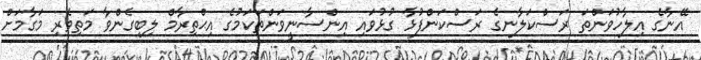
އޭނާގެ އިލާހުވަންތަ ރަސްކަލާނގެ ރަސްކަންފުޅާ ގުޅުވައި އިންސާނީވަންތަކަމުގެ އިޙްތިރާމް ލިބިގެންވާ މަތިވެރި މަގާމަށް